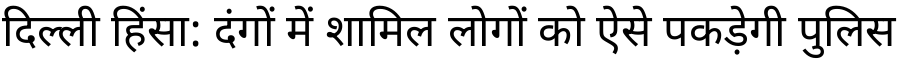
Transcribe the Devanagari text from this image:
दिल्ली हिंसा: दंगों में शामिल लोगों को ऐसे पकड़ेगी पुलिस